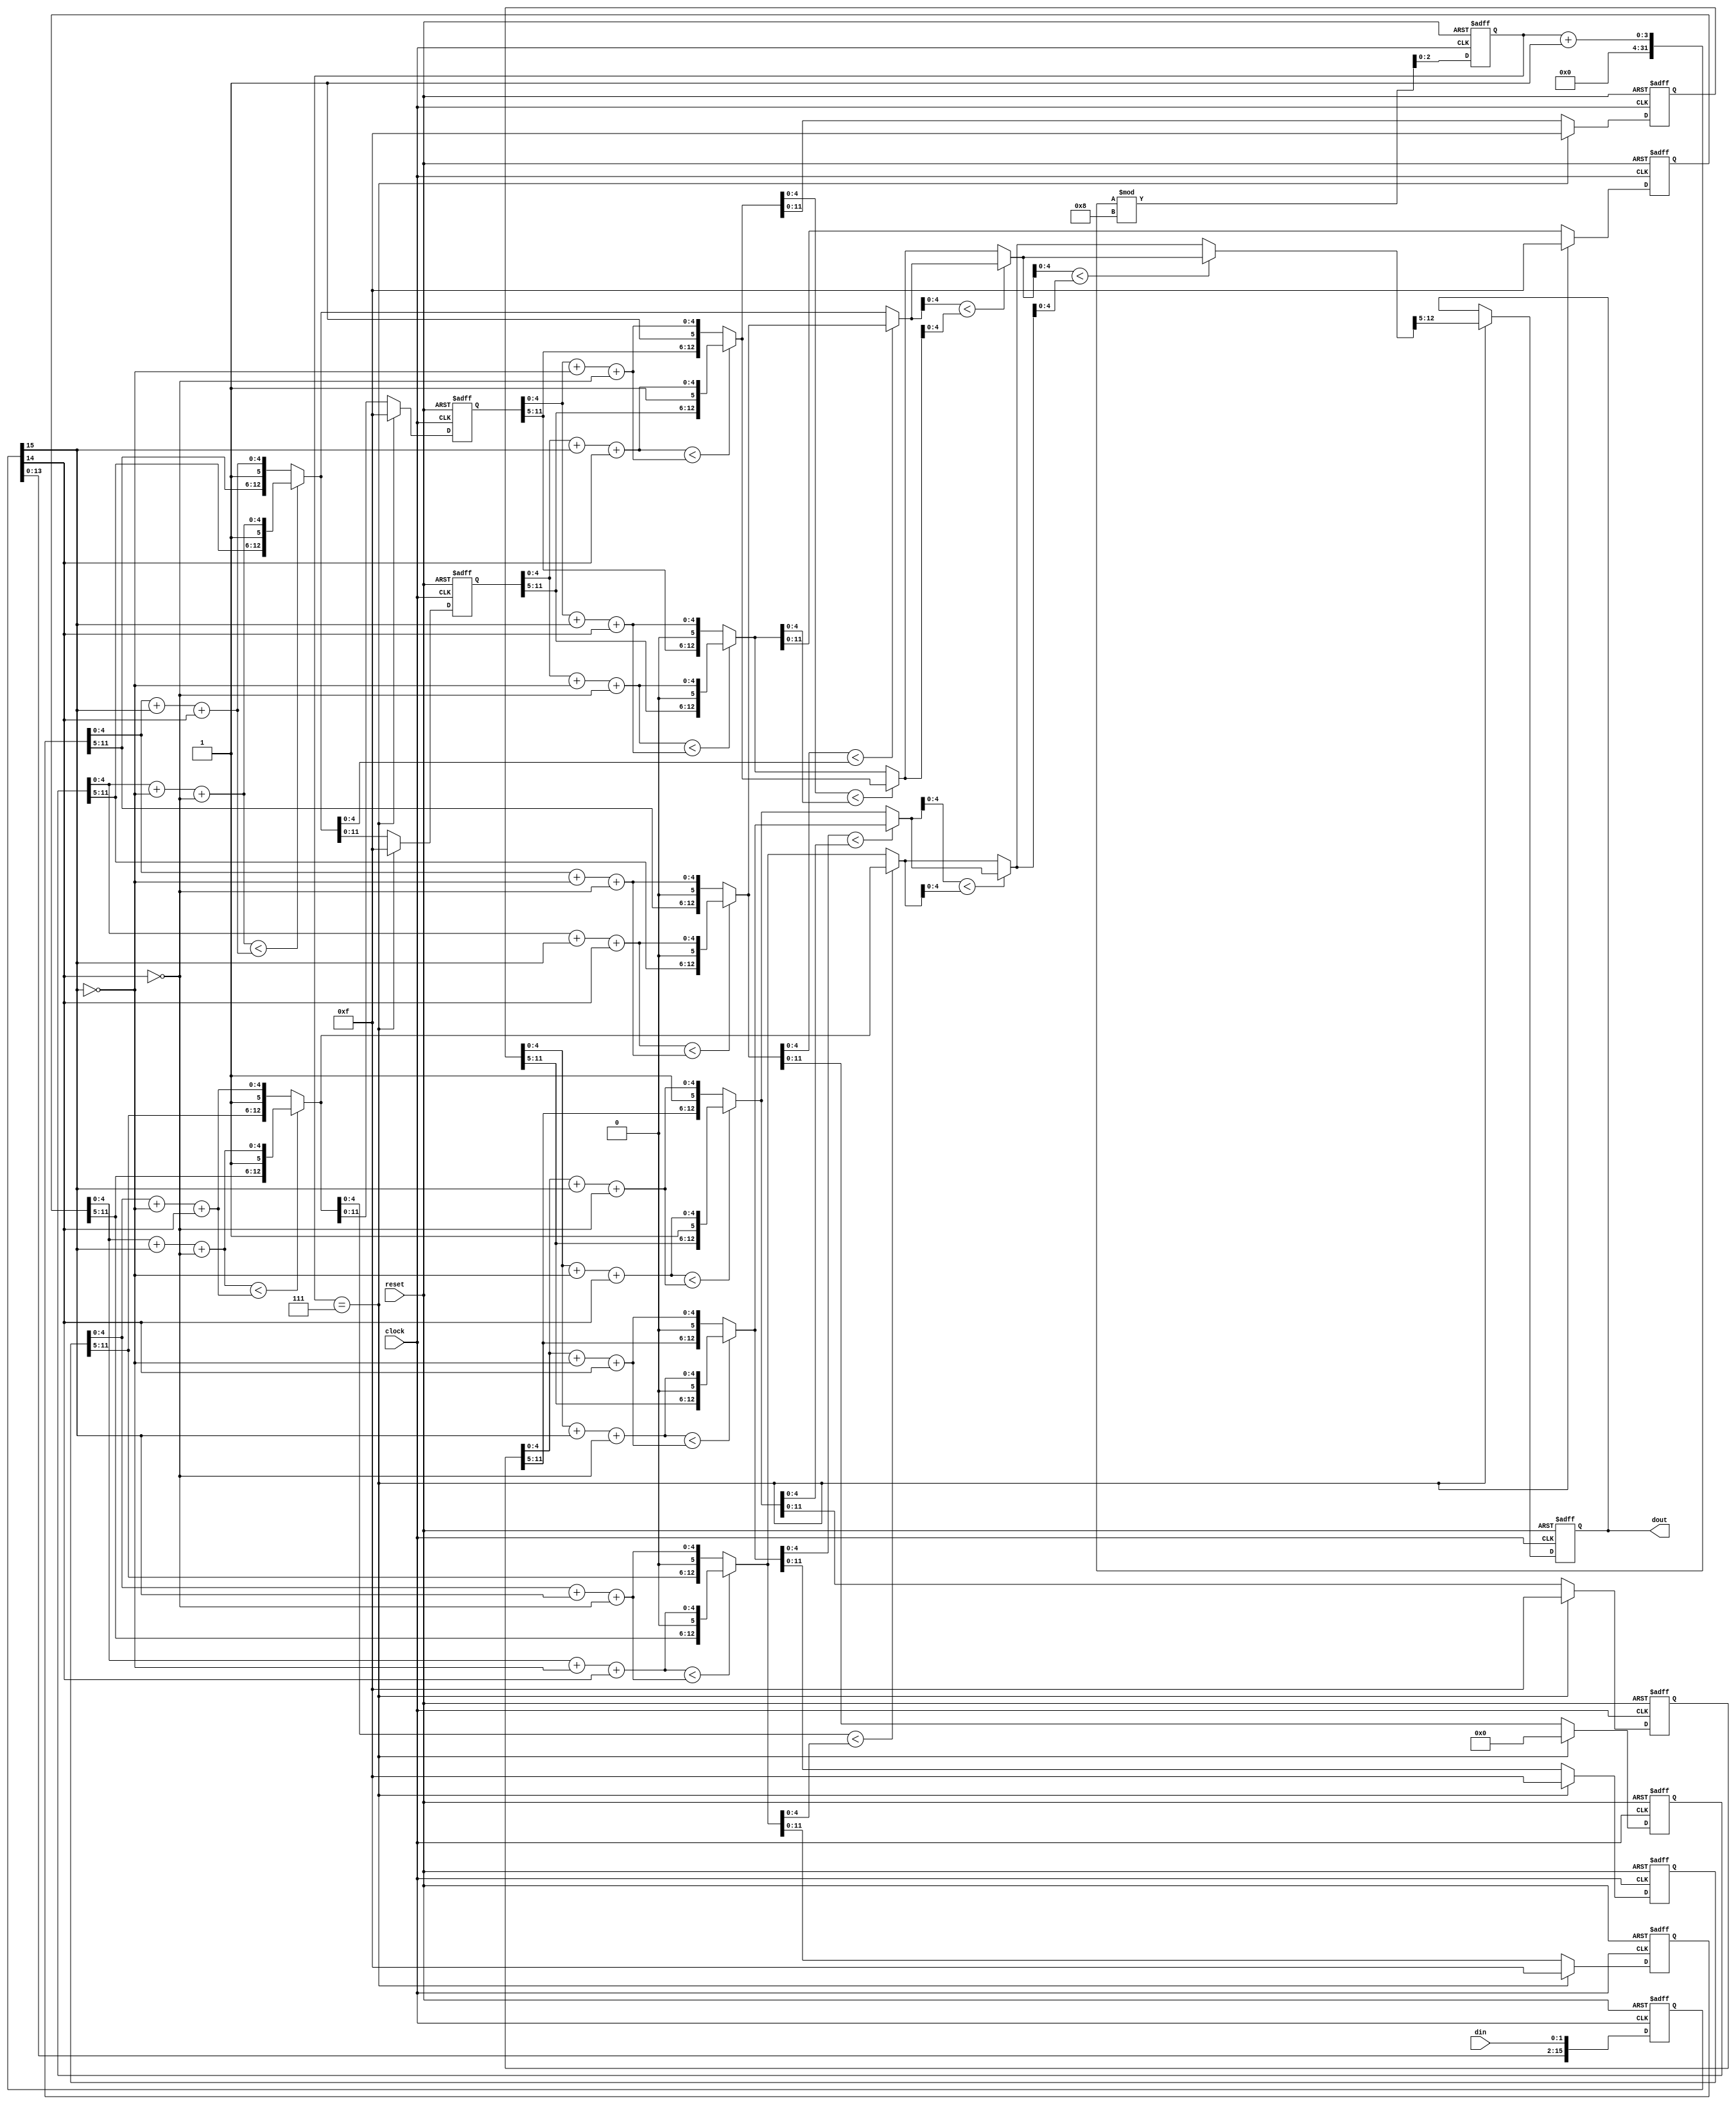
module ConvDecode(
    clock,
	din,
	dout,
	reset
);
input           clock;
input           reset;
input 	[1:0]	din;
output  [7:0]   dout;

wire [7:0]  dout;
reg  [7:0]  out_reg;
reg  [15:0] status;
wire [12:0] tmp_len  [0:15];
reg  [12:0] min_len  [0:7];
wire [12:0] min_len_temp  [0:7];
reg  [2:0]  count;
reg  [15:0] in_bit;
always @(posedge clock)
begin
    in_bit <= {in_bit[13:0],din};
end

wire [12:0] min_12;
wire [12:0] min_34;
wire [12:0] min_56;
wire [12:0] min_78;
wire [12:0] min_14;
wire [12:0] min_58;
wire [12:0] min_18;

assign min_len_temp[0] = (tmp_len[0][4:0]<tmp_len[14][4:0])?tmp_len[0]:tmp_len[14];
assign min_len_temp[1] = (tmp_len[1][4:0]<tmp_len[15][4:0])?tmp_len[1]:tmp_len[15];
assign min_len_temp[2] = (tmp_len[3][4:0]<tmp_len[13][4:0])?tmp_len[3]:tmp_len[13];
assign min_len_temp[3] = (tmp_len[2][4:0]<tmp_len[12][4:0])?tmp_len[2]:tmp_len[12];
assign min_len_temp[4] = (tmp_len[4][4:0]<tmp_len[10][4:0])?tmp_len[4]:tmp_len[10];
assign min_len_temp[5] = (tmp_len[5][4:0]<tmp_len[11][4:0])?tmp_len[5]:tmp_len[11];
assign min_len_temp[6] = (tmp_len[7][4:0]<tmp_len[9 ][4:0])?tmp_len[7]:tmp_len[9 ];
assign min_len_temp[7] = (tmp_len[6][4:0]<tmp_len[8 ][4:0])?tmp_len[6]:tmp_len[8 ];

assign min_12 = (min_len_temp[0][4:0]<min_len_temp[1][4:0])?min_len_temp[0]:min_len_temp[1];
assign min_34 = (min_len_temp[2][4:0]<min_len_temp[3][4:0])?min_len_temp[2]:min_len_temp[3];
assign min_56 = (min_len_temp[4][4:0]<min_len_temp[5][4:0])?min_len_temp[4]:min_len_temp[5];
assign min_78 = (min_len_temp[6][4:0]<min_len_temp[7][4:0])?min_len_temp[6]:min_len_temp[7];
assign min_14 = (min_12[4:0]<min_34[4:0])?min_12:min_34;
assign min_58 = (min_56[4:0]<min_78[4:0])?min_56:min_78;
assign min_18 = (min_14[4:0]<min_58[4:0])?min_14:min_58;
assign dout = out_reg;

assign tmp_len[0] =  {min_len[0][11:5],1'b0,min_len[0][4:0]+ status[15]+ status[14]};
assign tmp_len[1] =  {min_len[0][11:5],1'b1,min_len[0][4:0]+!status[15]+!status[14]};
assign tmp_len[2] =  {min_len[1][11:5],1'b0,min_len[1][4:0]+!status[15]+!status[14]};
assign tmp_len[3] =  {min_len[1][11:5],1'b1,min_len[1][4:0]+ status[15]+ status[14]};
assign tmp_len[4] =  {min_len[2][11:5],1'b0,min_len[2][4:0]+ status[15]+!status[14]};   
assign tmp_len[5] =  {min_len[2][11:5],1'b1,min_len[2][4:0]+!status[15]+ status[14]};
assign tmp_len[6] =  {min_len[3][11:5],1'b0,min_len[3][4:0]+!status[15]+ status[14]};
assign tmp_len[7] =  {min_len[3][11:5],1'b1,min_len[3][4:0]+ status[15]+!status[14]};
assign tmp_len[8] =  {min_len[4][11:5],1'b0,min_len[4][4:0]+ status[15]+!status[14]};
assign tmp_len[9] =  {min_len[4][11:5],1'b1,min_len[4][4:0]+!status[15]+ status[14]};
assign tmp_len[10] = {min_len[5][11:5],1'b0,min_len[5][4:0]+!status[15]+ status[14]};
assign tmp_len[11] = {min_len[5][11:5],1'b1,min_len[5][4:0]+ status[15]+!status[14]};
assign tmp_len[12] = {min_len[6][11:5],1'b0,min_len[6][4:0]+ status[15]+ status[14]};
assign tmp_len[13] = {min_len[6][11:5],1'b1,min_len[6][4:0]+!status[15]+!status[14]};
assign tmp_len[14] = {min_len[7][11:5],1'b0,min_len[7][4:0]+!status[15]+!status[14]};
assign tmp_len[15] = {min_len[7][11:5],1'b1,min_len[7][4:0]+ status[15]+ status[14]};

always @(posedge clock or negedge reset)
begin
    if (!reset)
        begin
            out_reg <= 0;
            status <= 0;
            min_len[0] <= 13'b0000000000000;
            min_len[1] <= 12'b0000000001111;
            min_len[2] <= 12'b0000000001111;
            min_len[3] <= 12'b0000000001111;
            min_len[4] <= 12'b0000000001111;
            min_len[5] <= 12'b0000000001111;
            min_len[6] <= 12'b0000000001111;
            min_len[7] <= 12'b0000000001111;
            count<=4;
        end
    //else if (reset_clk)
    //    begin
    //        status <= {status[13:0],din};
    //        count <= 3'b000;
    //    end
    else
        begin
            status <= {status[13:0],din};
            count <= (count+1)%8;
            if (count == 7)
            begin
            min_len[0] <= 13'b0000000000000;
            min_len[1] <= 12'b0000000001111;
            min_len[2] <= 12'b0000000001111;
            min_len[3] <= 12'b0000000001111;
            min_len[4] <= 12'b0000000001111;
            min_len[5] <= 12'b0000000001111;
            min_len[6] <= 12'b0000000001111;
            min_len[7] <= 12'b0000000001111;
            out_reg <= min_18[12:5];
            end
            else
            begin
            min_len[0] <= min_len_temp[0];
            min_len[1] <= min_len_temp[1];
            min_len[2] <= min_len_temp[2];
            min_len[3] <= min_len_temp[3];
            min_len[4] <= min_len_temp[4];
            min_len[5] <= min_len_temp[5];
            min_len[6] <= min_len_temp[6];
            min_len[7] <= min_len_temp[7];
            end
        end
end
endmodule